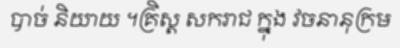
បាច់ និយាយ ។គ្រិស្ត សករាជ ក្នុង វចនានុក្រម